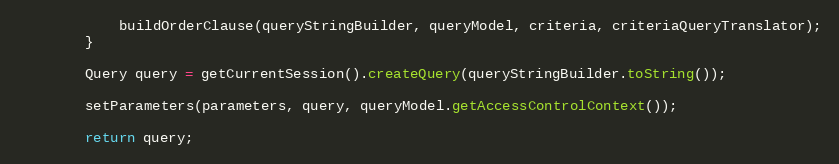
Language: Java
            buildOrderClause(queryStringBuilder, queryModel, criteria, criteriaQueryTranslator);
        }

        Query query = getCurrentSession().createQuery(queryStringBuilder.toString());

        setParameters(parameters, query, queryModel.getAccessControlContext());

        return query;